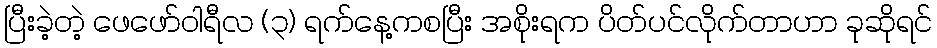
ပြီးခဲ့တဲ့ ဖေဖော်ဝါရီလ (၃) ရက်နေ့ကစပြီး အစိုးရက ပိတ်ပင်လိုက်တာဟာ ခုဆိုရင်